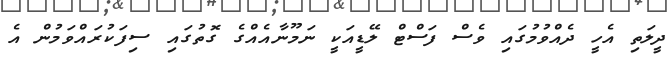
ދީލަތި އެހީ ދެއްވުމުގައި ވެސް ފަސްޓް ލޭޑީއަކީ ނަމޫނާއެއްގެ ގޮތުގައި ސިފަކުރައްވަމުން އެ